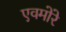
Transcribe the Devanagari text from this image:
एवमोरे